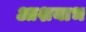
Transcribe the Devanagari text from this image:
आशयाभ